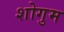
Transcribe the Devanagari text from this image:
शोगुम